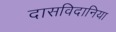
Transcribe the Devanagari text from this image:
दासविदानिया